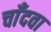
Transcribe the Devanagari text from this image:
चाँदवा